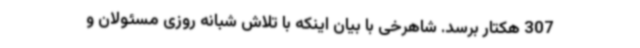
307 هکتار برسد. شاهرخی با بیان اینکه با تلاش شبانه روزی مسئولان و